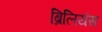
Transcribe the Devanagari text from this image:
ब्रिलियंस